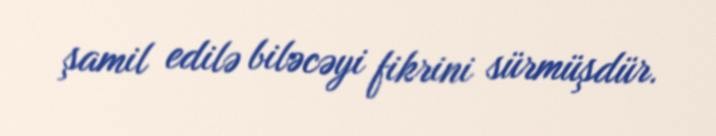
şamil edilə biləcəyi fikrini sürmüşdür.